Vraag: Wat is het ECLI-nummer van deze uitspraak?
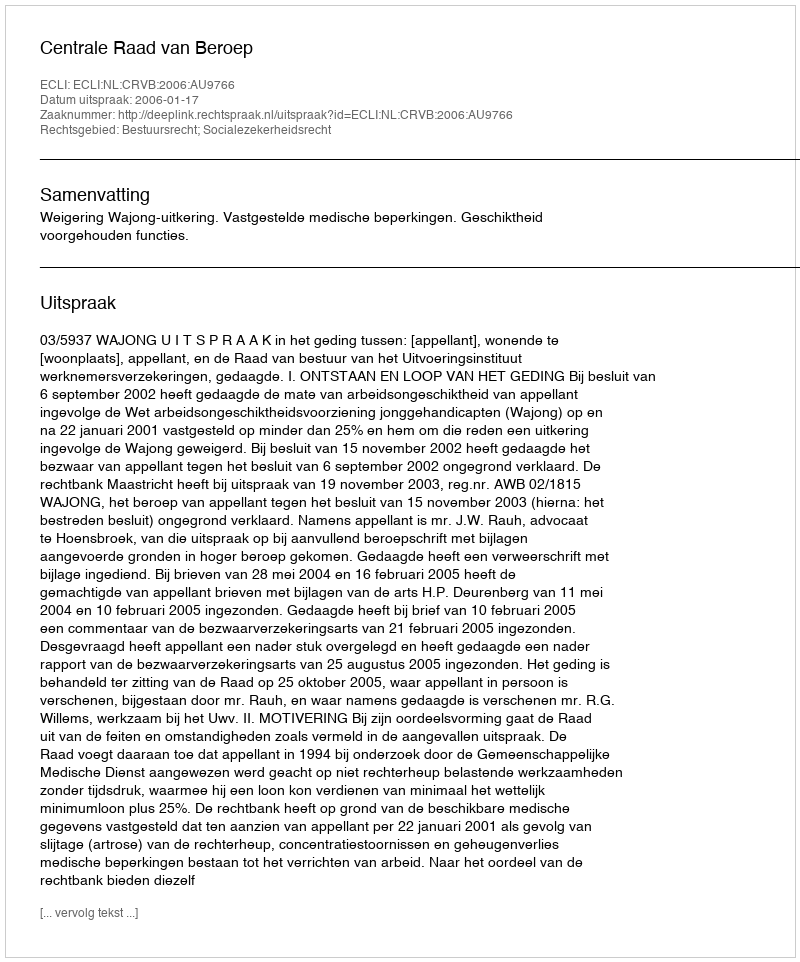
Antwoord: ECLI:NL:CRVB:2006:AU9766